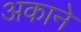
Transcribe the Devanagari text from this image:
अकाने